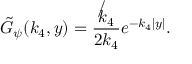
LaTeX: \tilde { G } _ { \psi } ( k _ { 4 } , y ) = \frac { \not k _ { 4 } } { 2 k _ { 4 } } e ^ { - k _ { 4 } | y | } .